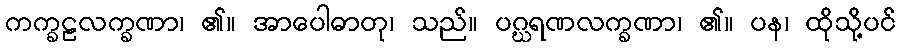
ကက္ခဠလက္ခဏာ၊ ၏။ အာပေါဓာတု၊ သည်။ ပဂ္ဃရဏလက္ခဏာ၊ ၏။ ပန၊ ထိုသို့ပင်